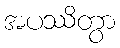
အပဿိတွာ